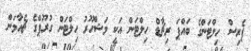
ޕެރިސް ހިލްޓަންގެ ބައްޕަ ރިޗާޑް ހިލްޓަން އަކީ މަޝްހޫރު ހިލްޓަން ގުރޫޕްގެ ޗެއާމަން